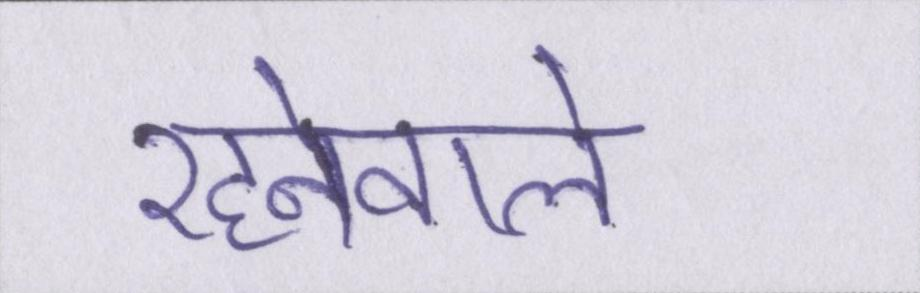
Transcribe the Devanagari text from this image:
रहनेवाले